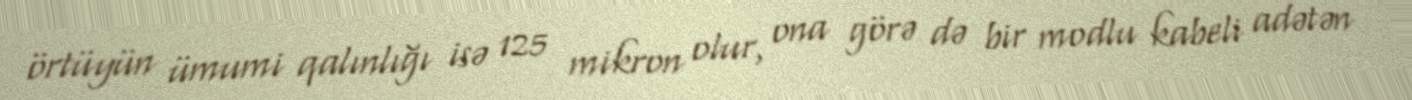
örtüyün ümumi qalınlığı isə 125 mikron olur, ona görə də bir modlu kabeli adətən